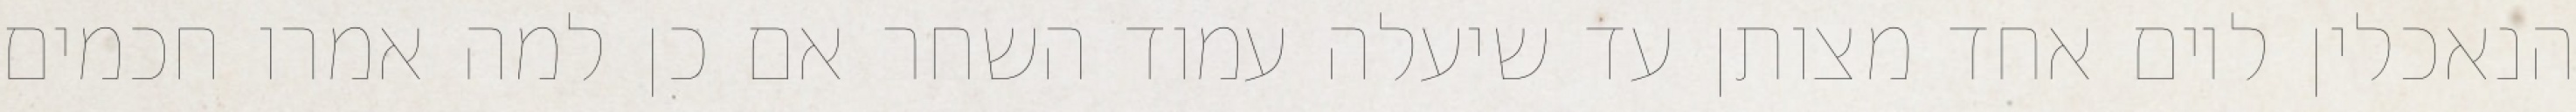
הנאכלין ליום אחד מצותן עד שיעלה עמוד השחר אם כן למה אמרו חכמים